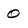
Character: 0